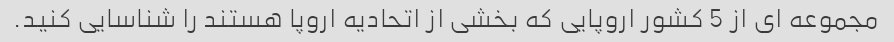
مجموعه ای از 5 کشور اروپایی که بخشی از اتحادیه اروپا هستند را شناسایی کنید.